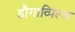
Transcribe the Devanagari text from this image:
डौगाव्पिल्स